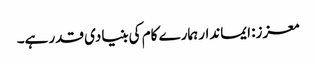
معزز: ایماندار ہمارے کام کی بنیادی قدر ہے۔